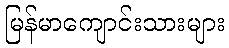
မြန်မာကျောင်းသားများ